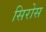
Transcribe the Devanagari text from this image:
सिरोस